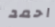
احمد